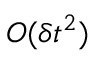
{ \cal O } ( \delta t ^ { 2 } )